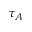
\tau _ { A }